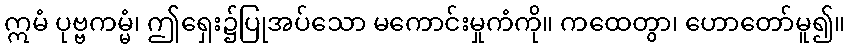
ဣမံ ပုဗ္ဗကမ္မံ၊ ဤရှေး၌ပြုအပ်သော မကောင်းမှုကံကို။ ကထေတွာ၊ ဟောတော်မူ၍။